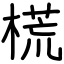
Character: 𣗄